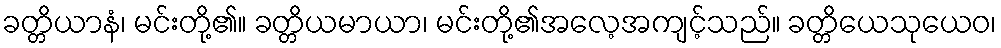
ခတ္တိယာနံ၊ မင်းတို့၏။ ခတ္တိယမာယာ၊ မင်းတို့၏အလေ့အကျင့်သည်။ ခတ္တိယေသုယေဝ၊